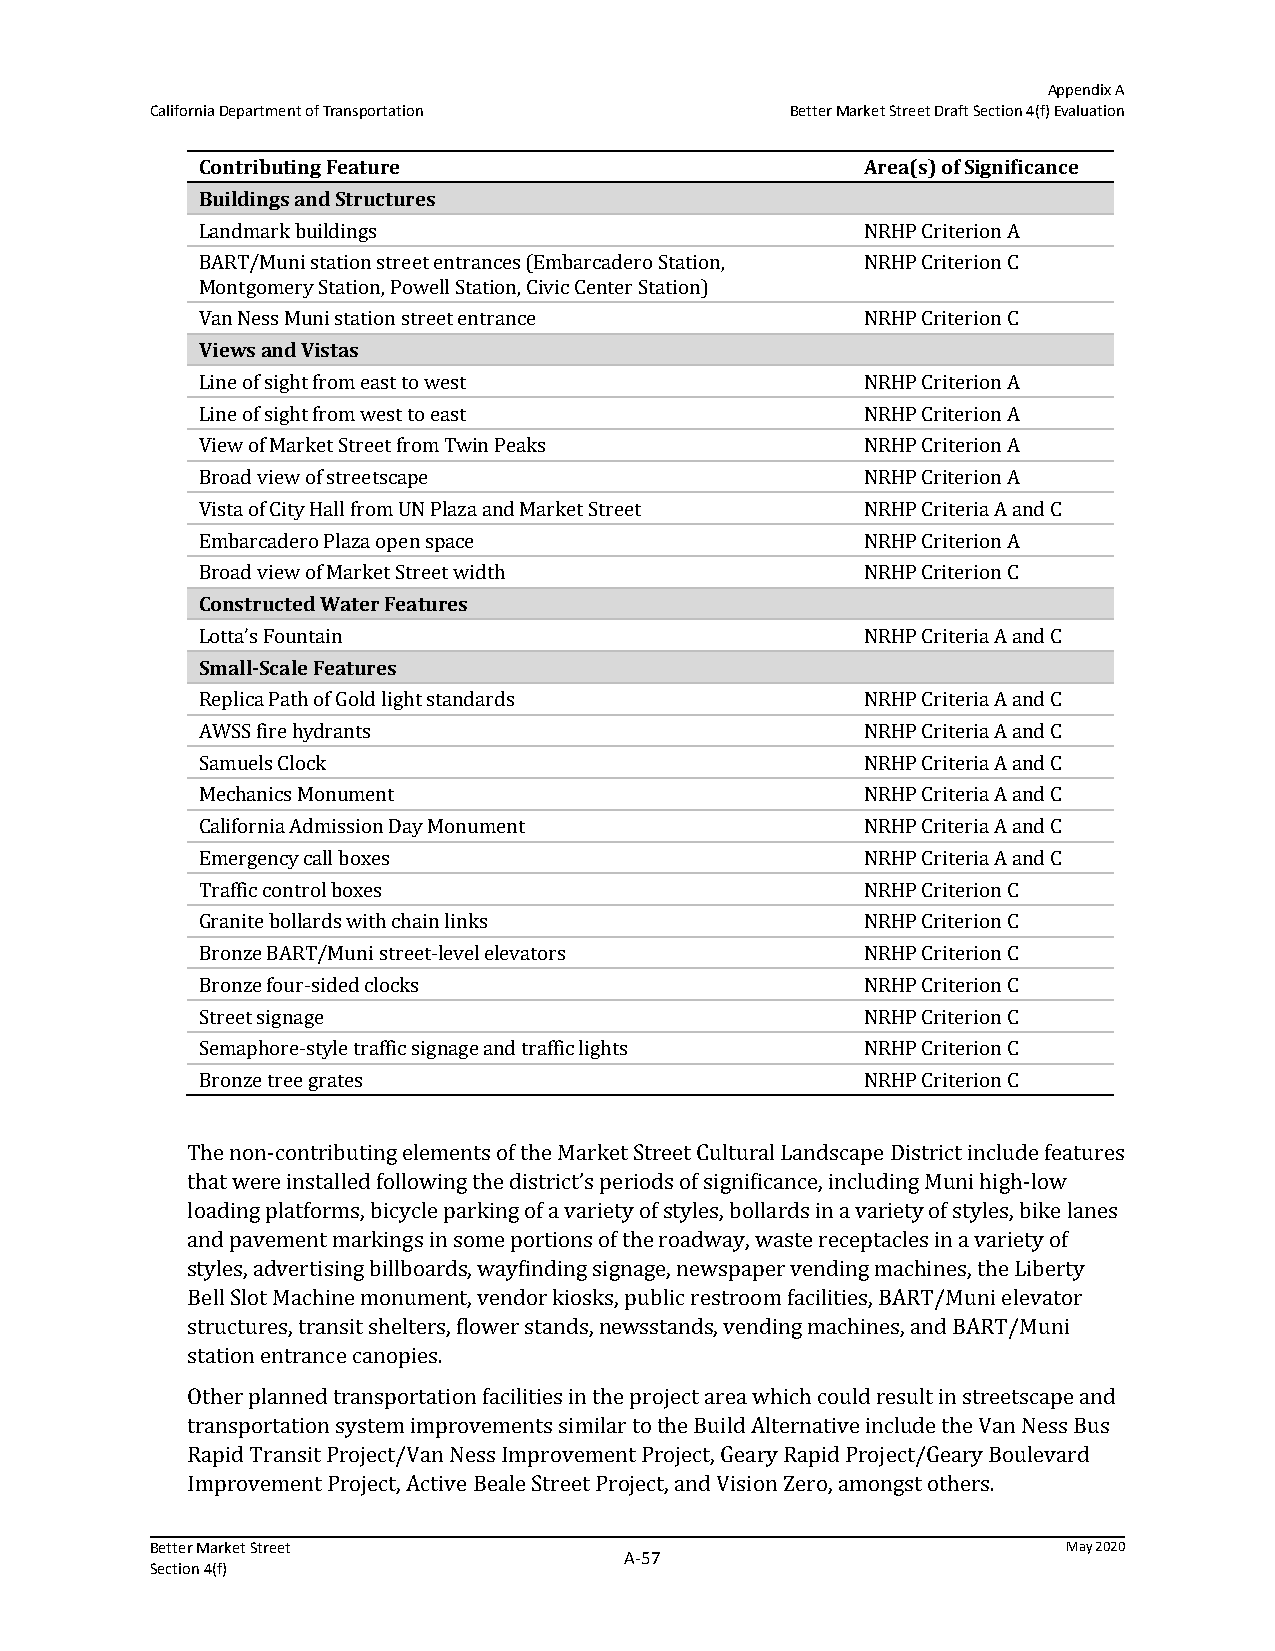
Appendix A
 California Department of Transportation   Better Market Street Draft Section 4(f) Evaluation
 Contributing Feature                        Area(s) of Significance
 Buildings and Structures
 Landmark buildings                          NRHP Criterion A
 BART/Muni station street entrances (Embarcadero Station, NRHP Criterion C
 Montgomery Station, Powell Station, Civic Center Station)
 Van Ness Muni station street entrance       NRHP Criterion C
 Views and Vistas
 Line of sight from east to west             NRHP Criterion A
 Line of sight from west to east             NRHP Criterion A
 View of Market Street from Twin Peaks       NRHP Criterion A
 Broad view of streetscape                   NRHP Criterion A
 Vista of City Hall from UN Plaza and Market Street NRHP Criteria A and C
 Embarcadero Plaza open space                NRHP Criterion A
 Broad view of Market Street width           NRHP Criterion C
 Constructed Water Features
 Lotta’s Fountain                            NRHP Criteria A and C
 Small‐Scale Features
 Replica Path of Gold light standards        NRHP Criteria A and C
 AWSS fire hydrants                          NRHP Criteria A and C
 Samuels Clock                               NRHP Criteria A and C
 Mechanics Monument                          NRHP Criteria A and C
 California Admission Day Monument           NRHP Criteria A and C
 Emergency call boxes                        NRHP Criteria A and C
 Traffic control boxes                       NRHP Criterion C
 Granite bollards with chain links           NRHP Criterion C
 Bronze BART/Muni street-level elevators     NRHP Criterion C
 Bronze four-sided clocks                    NRHP Criterion C
 Street signage                              NRHP Criterion C
 Semaphore-style traffic signage and traffic lights NRHP Criterion C
 Bronze tree grates                          NRHP Criterion C
 The non-contributing elements of the Market Street Cultural Landscape District include features
 that were installed following the district’s periods of significance, including Muni high-low
 loading platforms, bicycle parking of a variety of styles, bollards in a variety of styles, bike lanes
 and pavement markings in some portions of the roadway, waste receptacles in a variety of
 styles, advertising billboards, wayfinding signage, newspaper vending machines, the Liberty
 Bell Slot Machine monument, vendor kiosks, public restroom facilities, BART/Muni elevator
 structures, transit shelters, flower stands, newsstands, vending machines, and BART/Muni
 station entrance canopies.
 Other planned transportation facilities in the project area which could result in streetscape and
 transportation system improvements similar to the Build Alternative include the Van Ness Bus
 Rapid Transit Project/Van Ness Improvement Project, Geary Rapid Project/Geary Boulevard
 Improvement Project, Active Beale Street Project, and Vision Zero, amongst others.
 Better Market Street                                         May 2020
 A‐57
 Section 4(f)